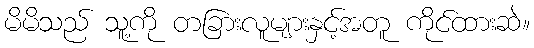
မိမိသည် သူ့ကို တခြားလူများနှင့်အတူ ကိုင်ထားဆဲ။